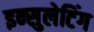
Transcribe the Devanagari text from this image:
इन्सुलेटिंग